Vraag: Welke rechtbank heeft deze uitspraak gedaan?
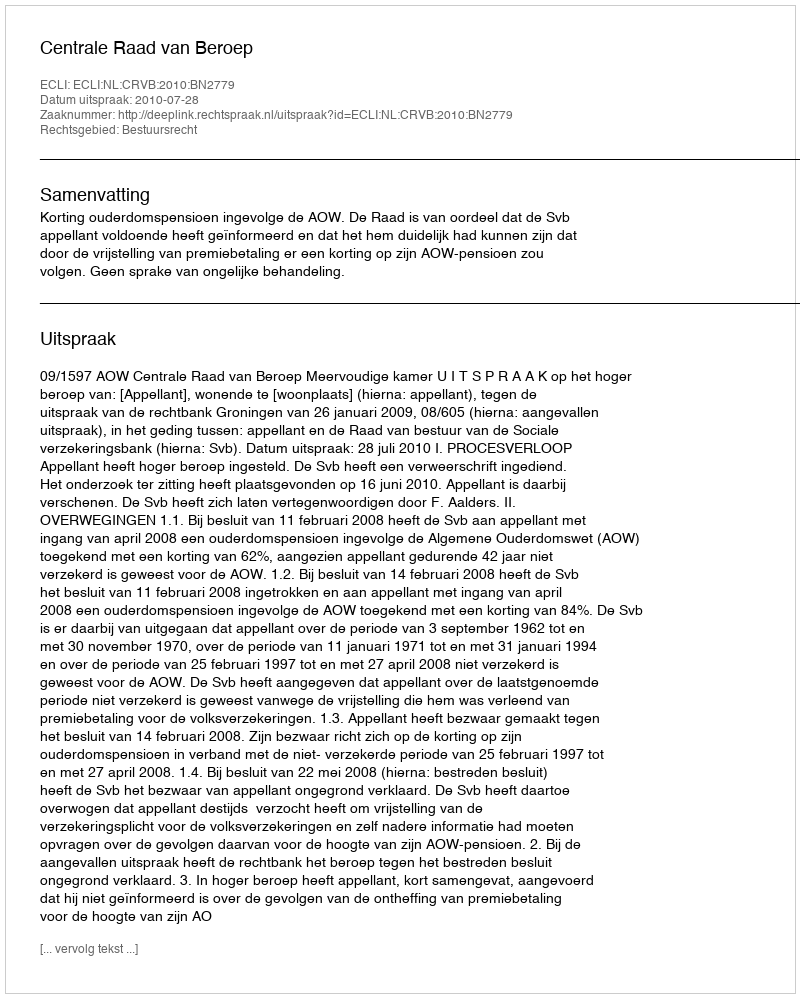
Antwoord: Centrale Raad van Beroep